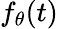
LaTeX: f_{\theta}(t)